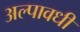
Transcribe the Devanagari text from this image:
अल्पावधी